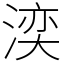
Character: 湙